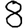
Digit: 8